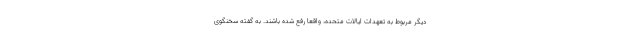
دیگر مربوط به تعهدات ایالات متحده، واقعا رفع شده باشند. به گفته سخنگوی